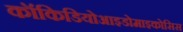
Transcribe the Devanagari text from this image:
कॉकिडियोआइडोमाइकोसिस